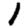
Digit: 1